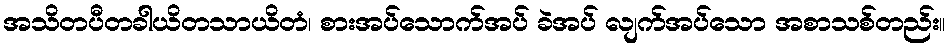
အသိတပီတခါယိတသာယိတံ၊ စားအပ်သောက်အပ် ခဲအပ် လျက်အပ်သော အစာသစ်တည်း။